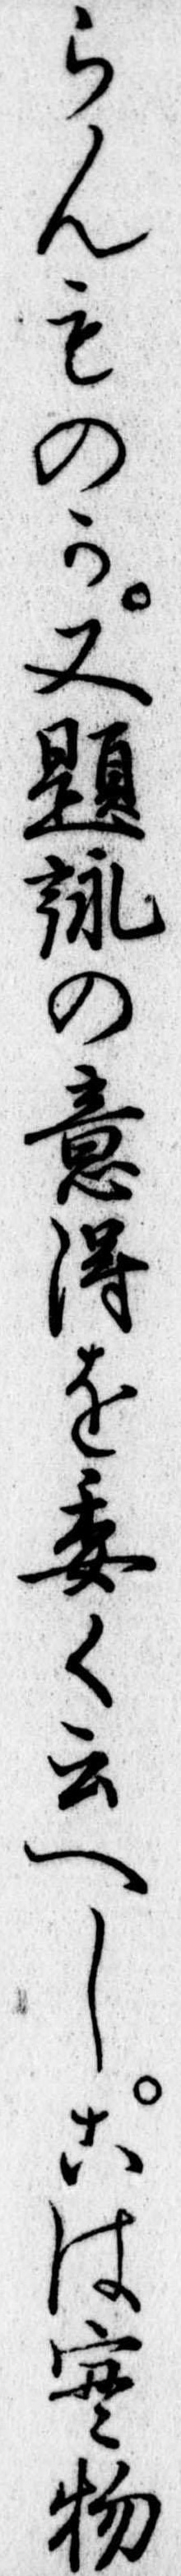
らんものか又題詠の意得を委く云へしこは実物